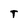
Character: T